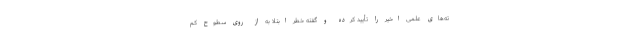
ته‌های علمی اخیر را تأیید کرده و گفته خطر ابتلا به از روی سطوح کم